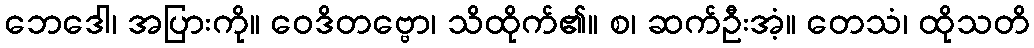
ဘေဒေါ၊ အပြားကို။ ဝေဒိတဗ္ဗော၊ သိထိုက်၏။ စ၊ ဆက်ဦးအံ့။ တေသံ၊ ထိုသတိ